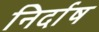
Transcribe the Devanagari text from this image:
निर्दाष